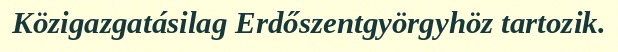
Közigazgatásilag Erdőszentgyörgyhöz tartozik.